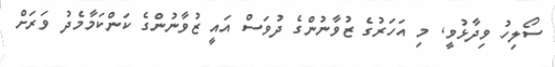
ސޯލިހު ވިދާޅުވީ